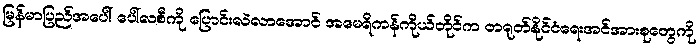
မြန်မာပြည်အပေါ် ပေါ်လစီကို ပြောင်းလဲလာအောင် အမေရိကန်ကိုယ်တိုင်က တရုတ်နိုင်ငံရေးအင်အားစုတွေကို